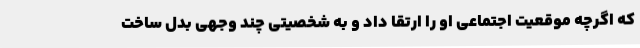
که اگرچه موقعیت اجتماعی او را ارتقا داد و به شخصیتی چند وجهی بدل ساخت